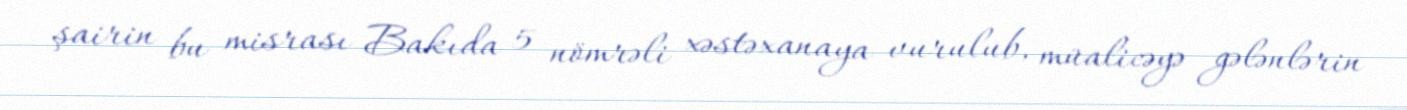
şairin bu misrası Bakıda 5 nömrəli xəstəxanaya vurulub, müalicəyə gələnlərin